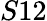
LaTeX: S12